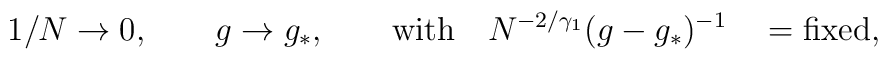
1/N \rightarrow 0,   \qquad g \rightarrow g_*,  \qquad {\rm with}   \quad   N^{-2/\gamma_1}(g - g_*)^{-1} \quad ={\rm fixed,}